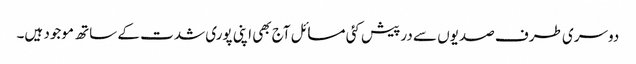
دوسری طرف صدیوں سے درپیش کئی مسائل آج بھی اپنی پوری شدت کے ساتھ موجود ہیں۔